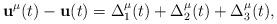
LaTeX: \begin{align*} \mathbf u^\mu(t) - \mathbf u(t) = \Delta_1^\mu(t) + \Delta_2^\mu(t) + \Delta_3^\mu(t) ,\end{align*}